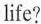
life?